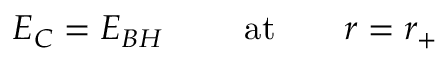
E _ { C } = E _ { B H } \ \ \ \ \ \ \ \mathrm { a t } \ \ \ \ \ \ r = r _ { + }